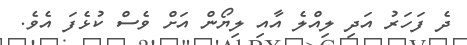
ދެ ފަހަރު އަދި ލިއްލެ އާއި ލިޔޯން އަށް ވެސް ކުޅެފަ އެވެ.